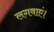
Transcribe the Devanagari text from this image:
लगवाएं।